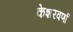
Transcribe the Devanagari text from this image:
केशरवर्णा